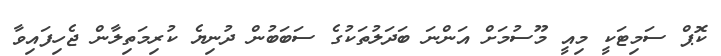
ކޮޕް ސަމިޓަކީ މިއީ މޫސުމަށް އަންނަ ބަދަލުތަކުގެ ސަބަބުން ދުނިޔެ ކުރިމަތިލާން ޖެހިފައިވާ